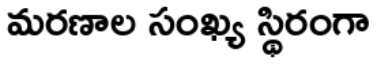
మరణాల సంఖ్య స్థిరంగా